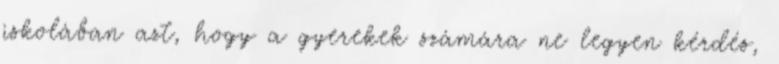
iskolában azt, hogy a gyerekek számára ne legyen kérdés,